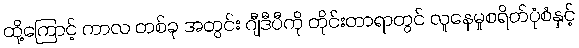
ထို့ကြောင့် ကာလ တစ်ခု အတွင်း ဂျီဒီပီကို တိုင်းတာရာတွင် လူနေမှုစရိတ်ပုံစံနှင့်